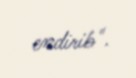
endirib".